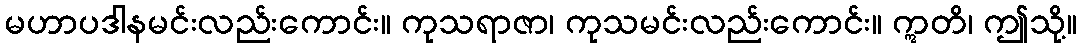
မဟာပဒါနမင်းလည်းကောင်း။ ကုသရာဇာ၊ ကုသမင်းလည်းကောင်း။ ဣတိ၊ ဤသို့။